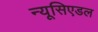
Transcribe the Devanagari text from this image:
न्यूसिएडल